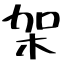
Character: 架